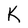
Character: K